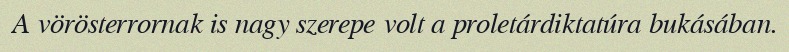
A vörösterrornak is nagy szerepe volt a proletárdiktatúra bukásában.